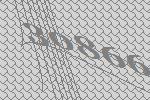
30866